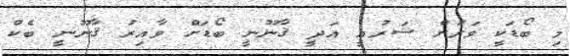
މި ބޯޑަކީ ވަރަށް ޝަރުއީ އަދީ ޤާނޫނީ ބޯޑަށް ވާއިރު ޤާނޫނީ ބެކް